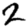
Digit: 2